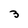
Character: 3